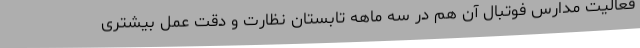
فعالیت مدارس فوتبال آن هم در سه ماهه تابستان نظارت و دقت عمل بیشتری